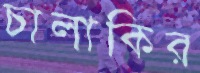
চালাকির